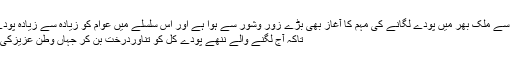
ہر سال محکمہ جنگلات کی طرف سے ملک بھر میں پودے لگانے کی مہم کا آغاز بھی بڑے زور وشور سے ہوا ہے اور اس سلسلے میں عوام کو زیادہ سے زیادہ پودے لگانے کی ترغیب دی جاتی ہے
تاکہ آج لگنے والے ننھے پودے کل کو تناوردرخت بن کر جہاں وطن عزیزکی فضاوں کو آکسیجن مہیا کریںگے۔